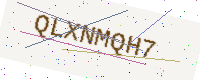
Text: QLXNMQH7